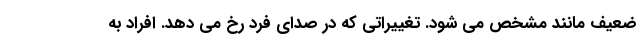
ضعیف مانند مشخص می شود. تغییراتی که در صدای فرد رخ می دهد. افراد به